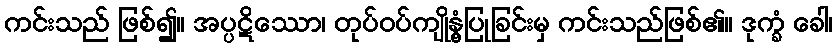
ကင်းသည် ဖြစ်၍။ အပ္ပဋိဿော၊ တုပ်ဝပ်ကျိုနွံ့ပြုခြင်းမှ ကင်းသည်ဖြစ်၏။ ဒုက္ခံ ခေါ၊